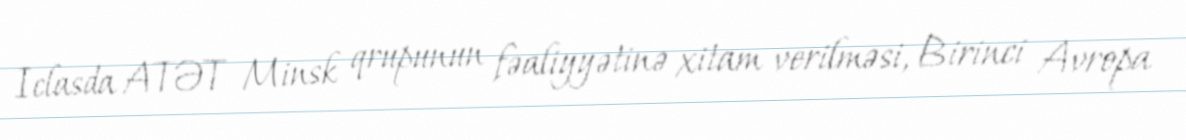
Iclasda ATƏT Minsk qrupunun fəaliyyətinə xitam verilməsi, Birinci Avropa